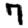
Digit: 7